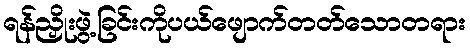
ရန်ညှိုးဖွဲ့ခြင်းကိုပယ်ဖျောက်တတ်သောတရား